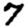
Digit: 7